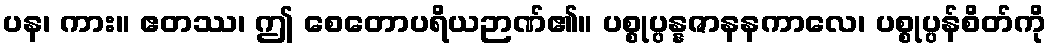
ပန၊ ကား။ ဧတဿ၊ ဤ စေတောပရိယဉာဏ်၏။ ပစ္စုပ္ပန္နဇာနနကာလေ၊ ပစ္စုပ္ပန်စိတ်ကို